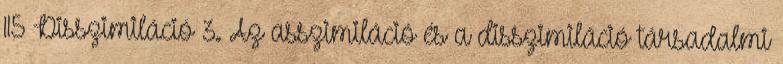
115 Disszimiláció 3. Az asszimiláció és a disszimiláció társadalmi